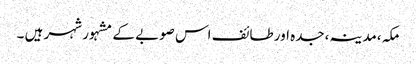
مکہ،مدینہ،جدہ اور طائف اس صوبے کے مشہور شہر ہیں ۔